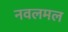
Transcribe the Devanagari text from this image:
नवलमल